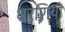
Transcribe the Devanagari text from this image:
धरणियाँ